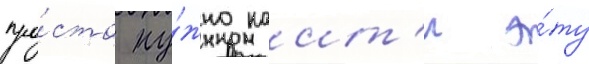
про́сто ну́жно наит'и э́ту